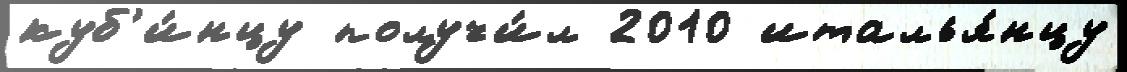
куб'и́нцу получи́л 2010 италья́нцу